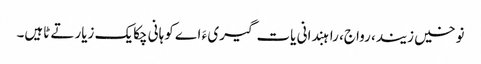
نوخیں زیند، رواج، راہبندانی یات گیری ءَ اے کوہانی چکایک زیارتے ٹاہیں۔